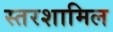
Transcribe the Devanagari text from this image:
स्तरशामिल